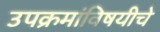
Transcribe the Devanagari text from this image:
उपक्रमांविषयीचे